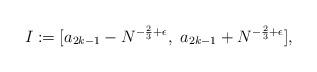
LaTeX: \begin{align*}I:=[a_{2k-1}-N^{-\frac{2}{3}+\epsilon}, \ a_{2k-1}+N^{-\frac{2}{3}+\epsilon}], \end{align*}